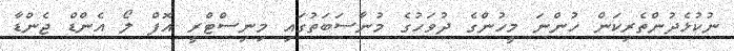
ނުކުޅެދުންތެރިކަން ހުންނަ މީހުންގެ ދުވަހުގެ މުނާސަބަތުގައި މިނިސްޓްރީ އޮފް ލޯ އެންޑް ޖެންޑާ